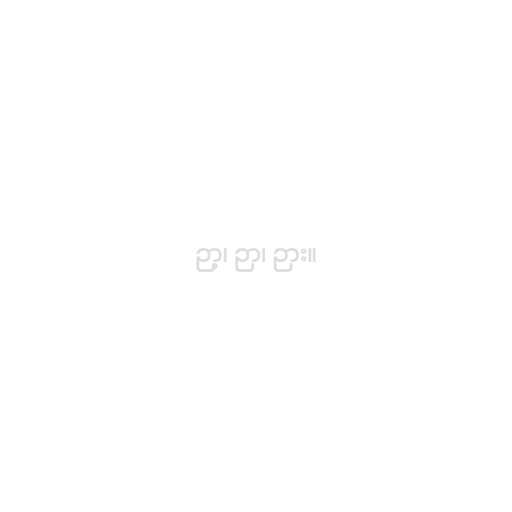
ဉာ့၊ ဉာ၊ ဉား။